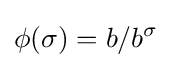
\phi (\sigma )=b/b^{\sigma }